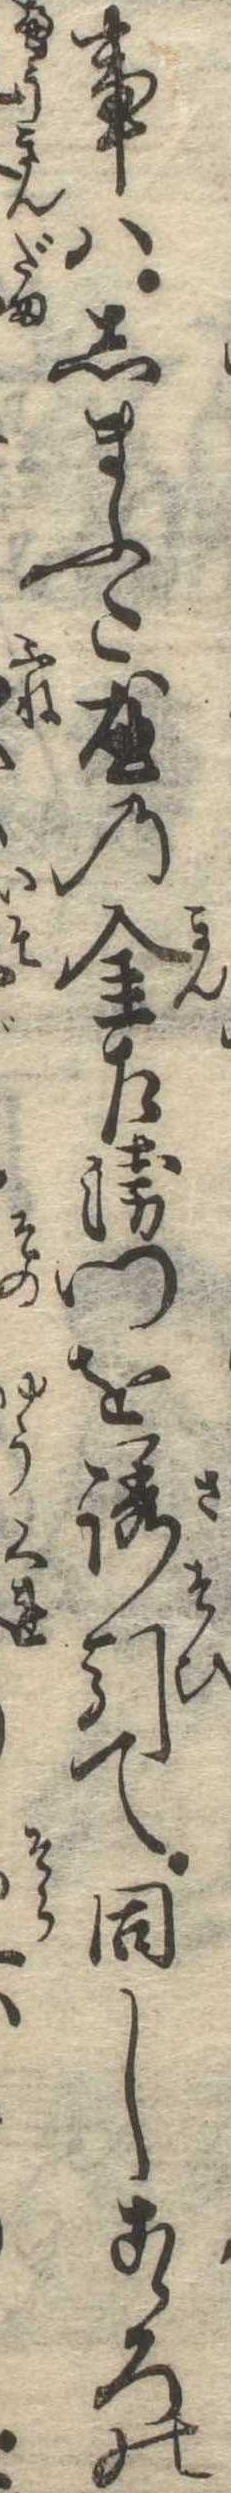
事はしまふた屋の金左衛門を誘引て同しこゝろの